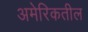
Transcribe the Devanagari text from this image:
अमेरिकतील